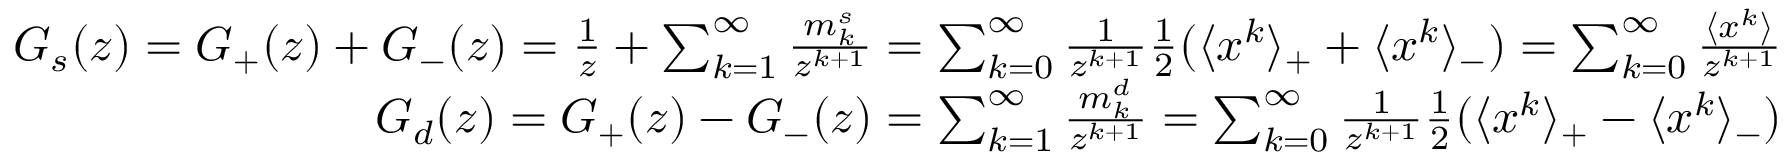
\begin{array} { r l r } & { } & { G _ { s } ( z ) = G _ { + } ( z ) + G _ { - } ( z ) = \frac { 1 } { z } + \sum _ { k = 1 } ^ { \infty } \frac { m _ { k } ^ { s } } { z ^ { k + 1 } } = \sum _ { k = 0 } ^ { \infty } \frac { 1 } { z ^ { k + 1 } } \frac { 1 } { 2 } ( \langle x ^ { k } \rangle _ { + } + \langle x ^ { k } \rangle _ { - } ) = \sum _ { k = 0 } ^ { \infty } \frac { \langle x ^ { k } \rangle } { z ^ { k + 1 } } } \\ & { } & { G _ { d } ( z ) = G _ { + } ( z ) - G _ { - } ( z ) = \sum _ { k = 1 } ^ { \infty } \frac { m _ { k } ^ { d } } { z ^ { k + 1 } } = \sum _ { k = 0 } ^ { \infty } \frac { 1 } { z ^ { k + 1 } } \frac { 1 } { 2 } ( \langle x ^ { k } \rangle _ { + } - \langle x ^ { k } \rangle _ { - } ) } \end{array}